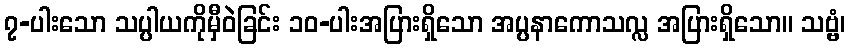
၇-ပါးသော သပ္ပါယကိုမှီဝဲခြင်း ၁၀-ပါးအပြားရှိသော အပ္ပနာကောသလ္လ အပြားရှိသော။ သဗ္ဗံ၊